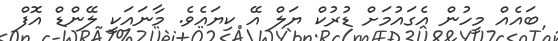
ބައެއް މީހުން އެގައުމަށް ޑުރުކް ޔަލް އޭ ކިޔައެވެ. މާނައަކީ ލޭންޑް އޮފް